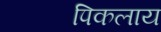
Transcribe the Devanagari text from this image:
पिकलाय